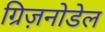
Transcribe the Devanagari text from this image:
ग्रिज़नोडेल